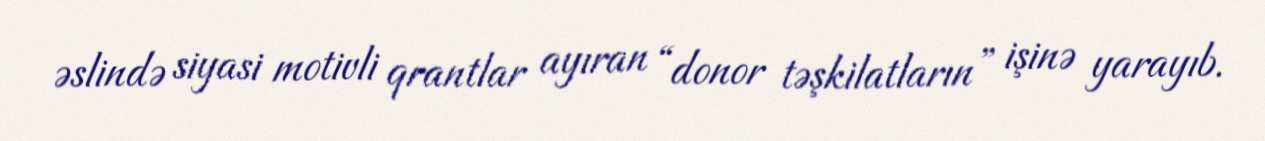
əslində siyasi motivli qrantlar ayıran “donor təşkilatların” işinə yarayıb.